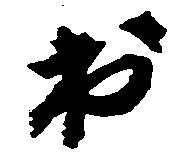
出